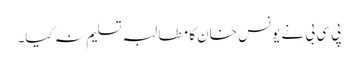
پی سی بی نے یونس خان کا مطالبہ تسلیم نہ کیا۔